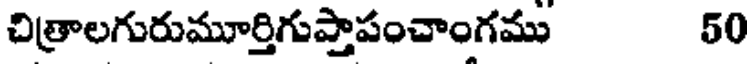
చిత్రాలగురుమూర్తిగుప్తాపంచాంగము 50